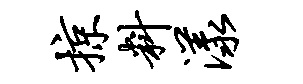
掠料漾